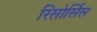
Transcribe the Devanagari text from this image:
रिसोर्सिस